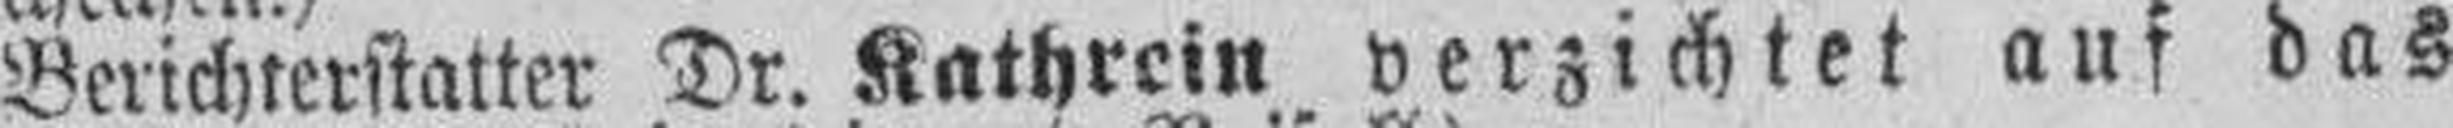
Berichterstatter Dr. Kathrein verzichtet auf das